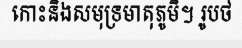
កោះនិងសមុទ្រមាតុភូមិ។ រូបថ